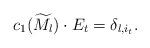
LaTeX: \begin{align*} c_1(\widetilde{M}_l) \cdot E_t=\delta_{l, i_t}.\end{align*}